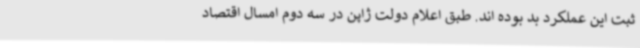
ثبت این عملکرد بد بوده اند. طبق اعلام دولت ژاپن در سه دوم امسال اقتصاد